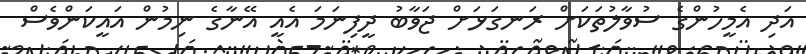
އަދި އެމީހުންގެ ސުވާލުތަކަށް ރަނގަޅަށް ޖަވާބު ދީފިނަމަ އެއީ އޭނާގެ ނިމުން އައީކަންވެސް